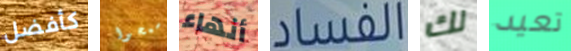
كأفضل اسمحوا أنهاء الفساد لك تعيد